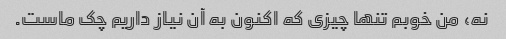
نه، من خوبم تنها چیزی که اکنون به آن نیاز داریم چک ماست.